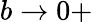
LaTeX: b\rightarrow 0+